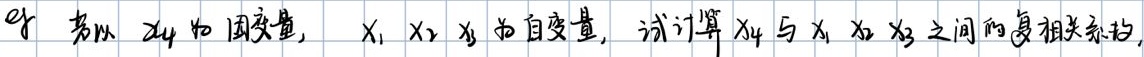
若以 $x_4$ 为因变量，$x_1, x_2, x_3$ 为自变量，试计算 $x_4$ 与 $x_1, x_2, x_3$ 之间的复相关系数。